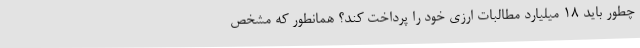
چطور باید 18 میلیارد مطالبات ارزی خود را پرداخت کند؟ همانطور که مشخص